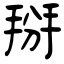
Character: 掰